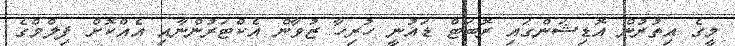
މީގެ އިތުރުން އޮޑިޝަންގައި ރޮބަޓް ޑައުނީ ހުރިހާ ޒުވާން އެކްޓަރުންނާއި އެއްކޮށް ފިލްމްގެ